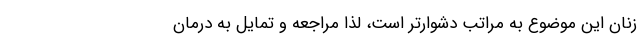
زنان این موضوع به مراتب دشوارتر است، لذا مراجعه و تمایل به درمان